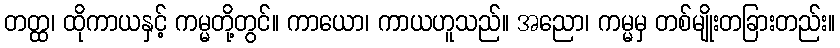
တတ္ထ၊ ထိုကာယနှင့် ကမ္မတို့တွင်။ ကာယော၊ ကာယဟူသည်။ အညော၊ ကမ္မမှ တစ်မျိုးတခြားတည်း။